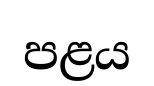
පළය